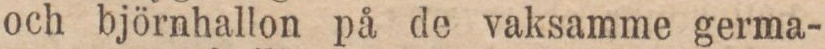
och björnhallon på de vaksamme germa-